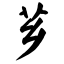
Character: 芗